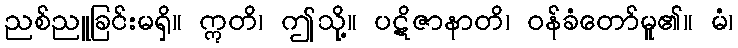
ညစ်ညူခြင်းမရှိ။ ဣတိ၊ ဤသို့။ ပဋိဇာနာတိ၊ ဝန်ခံတော်မူ၏။ မံ၊